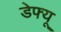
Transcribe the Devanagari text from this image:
डेफ्यू